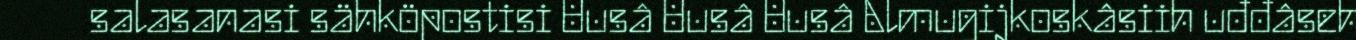
salasanasi sähköpostisi Uusâ Uusâ Uusâ Almugijkoskâsiih uđđâseh